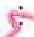
: